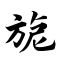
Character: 旎